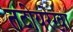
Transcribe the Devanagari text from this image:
तटीयरेखा